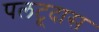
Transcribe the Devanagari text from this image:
पलटूदास